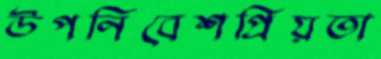
উপনিবেশপ্রিয়তা